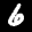
Label: 6